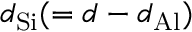
d _ { \mathrm { S i } } ( = d - d _ { \mathrm { A l } } )